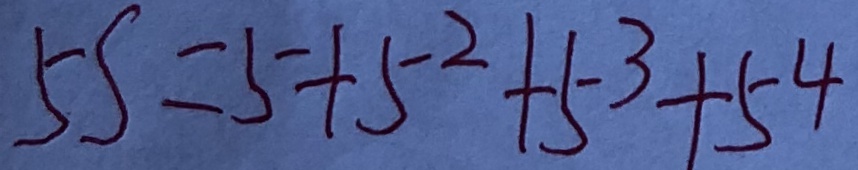
5 s = 5 + 5 ^ { 2 } + 5 ^ { 3 } + 5 ^ { 4 }